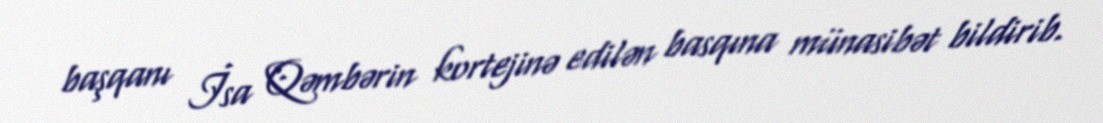
başqanı İsa Qəmbərin kortejinə edilən basqına münasibət bildirib.